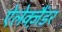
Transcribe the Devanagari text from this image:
ऐलेक्ज़ैंडर